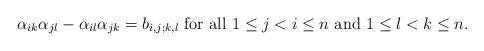
LaTeX: \begin{align*}\alpha_{ik}\alpha_{jl}- \alpha_{il}\alpha_{jk} =b_{i,j; k,l} ~\textrm{for all}~1 \leq j <i \leq n~\textrm{and}~1 \leq l <k \leq n.\end{align*}